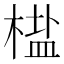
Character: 𬃳